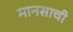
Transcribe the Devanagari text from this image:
मानसाची